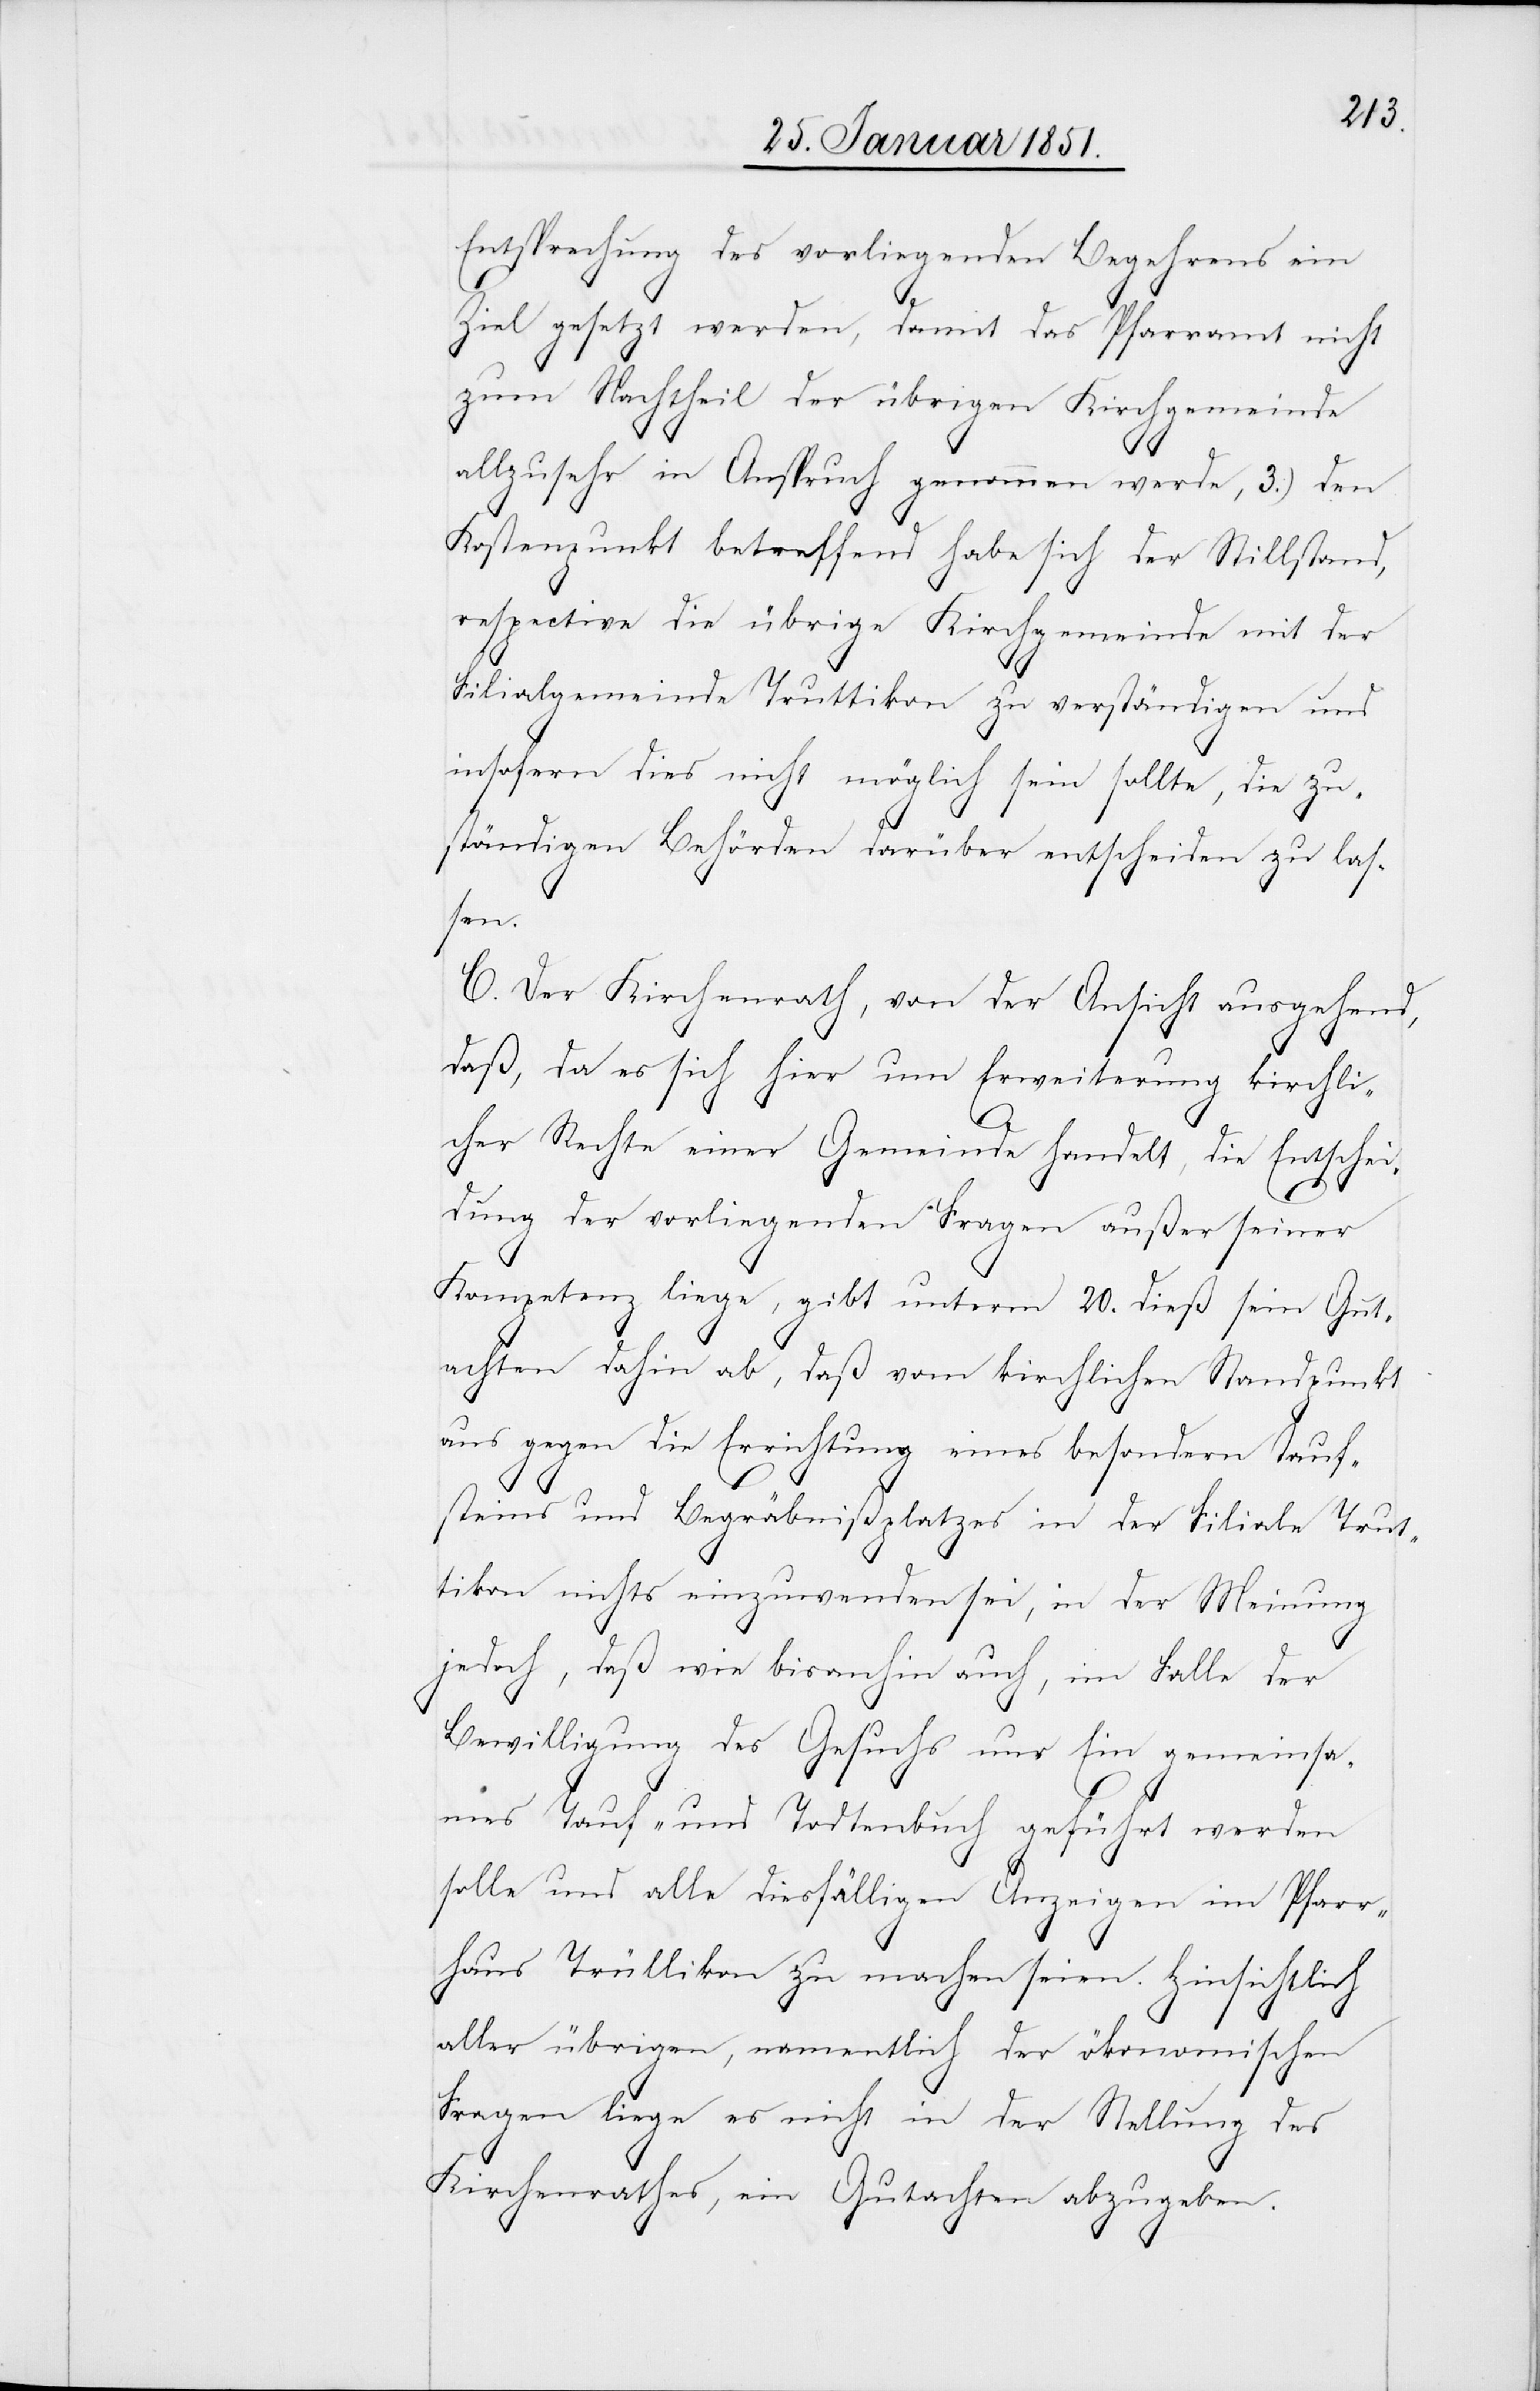
Entsprechung des vorliegenden Begehrens ein
Ziel gesetzt werden, damit das Pfarramt nicht
zum Nachtheil der übrigen Kirchgemeinde
allzusehr in Anspruch genommen werde, 3.) den
Kostenpunkt betreffend habe sich der Stillstand,
respective die übrige Kirchgemeinde mit der
Filialgemeinde Truttikon zu verständigen und
insofern dies nicht möglich sein sollte, die zu¬
ständigen Behörden darüber entscheiden zu las¬
sen.
C. Der Kirchenrath, von der Ansicht ausgehend,
daß, da es sich hier um Erweiterung kirchli¬
cher Rechte einer Gemeinde handelt, die Entschei¬
dung der vorliegenden Fragen außer seiner
Kompetenz liege, gibt unterm 20. dieß sein Gut¬
achten dahin ab, daß vom kirchlichen Standpunkt
aus gegen die Errichtung eines besondern Tauf¬
steins und Begräbnißplatzes in der Filiale Trut¬
tikon nichts einzuwenden sei, in der Meinung
jedoch, daß wie bisanhin auch, im Falle der
Bewilligung des Gesuchs nur Ein gemeinsa¬
mes Tauf- und Todtenbuch geführt werden
solle und alle diesfälligen Anzeigen im Pfarr¬
haus Trüllikon zu machen seien. Hinsichtlich
aller übrigen, namentlich der ökonomischen
Fragen liege es nicht in der Stellung des
Kirchenrathes, ein Gutachten abzugeben.